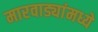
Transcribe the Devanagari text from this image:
मारवाड्यांमध्ये